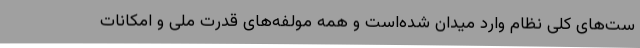
ست‌های کلی نظام وارد میدان شده‌است و همهٔ مولفه‌های قدرت ملی و امکانات